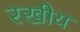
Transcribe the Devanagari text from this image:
रखीय